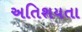
અતિશયતા